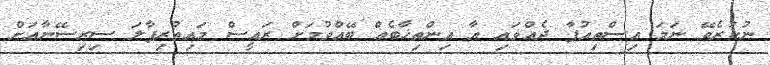
ނުކުރެވޭ ނަމަ އިސްތިއުފާ ދެއްވައި އާ އިންތިޚާބެއް ބޭއްވުމަށް ރައީސް މައިތުރިޕާލަ ސިރިސޭނާއަށް